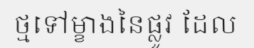
ថ្មទៅម្ខាងនៃផ្លូវ ដែល